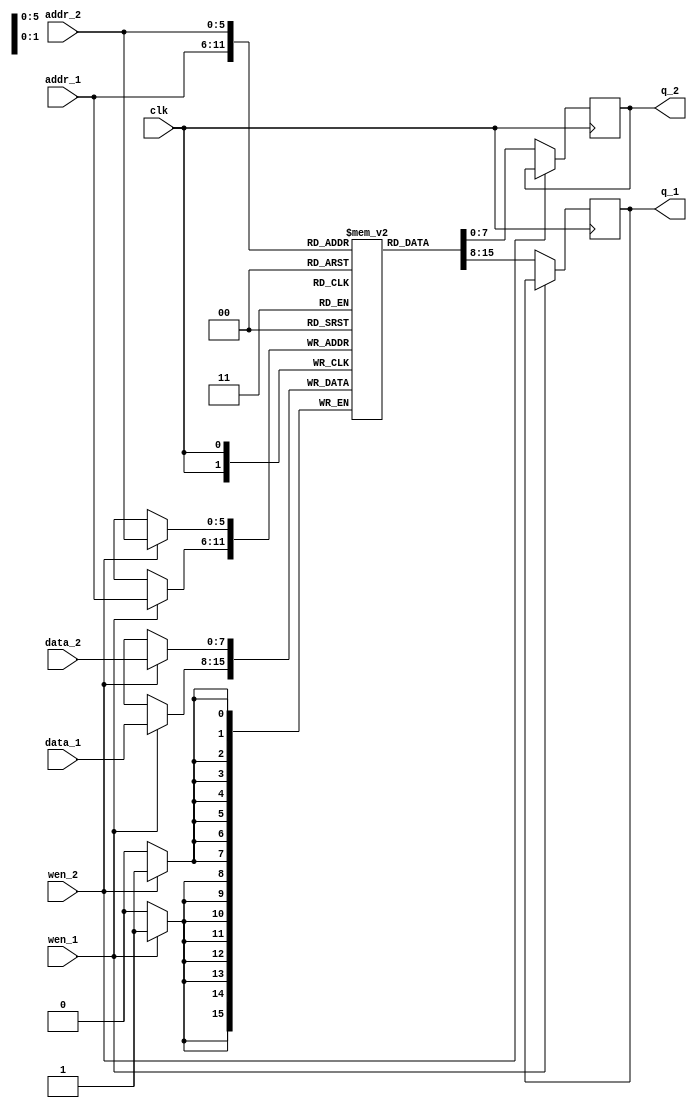
`timescale 1ns / 1ps

module DUAL_PORT_RAM(
input [7:0] data_1, data_2,
  input [5:0] addr_1, addr_2, 
  input wen_1, wen_2, 
  input clk, 
  output reg [7:0] q_1, q_2
);
  
  reg [7:0] ram [63:0]; 
 
  always @ (posedge clk)
    begin
      if(wen_1)
        ram[addr_1] <= data_1;
      else
        q_1 <= ram[addr_1]; 
    end
  
  always @ (posedge clk)
    begin
      if(wen_2)
        ram[addr_2] <= data_2;
      else
        q_2 <= ram[addr_2]; 
    end
  
endmodule